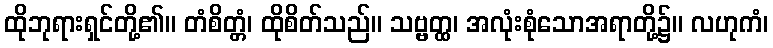
ထိုဘုရားရှင်တို့၏။ တံစိတ္တံ၊ ထိုစိတ်သည်။ သဗ္ဗတ္ထ၊ အလုံးစုံသောအရာတို့၌။ လဟုကံ၊